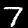
Digit: 7